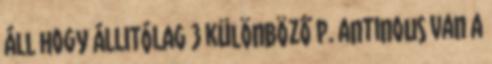
áll hogy ÁLLITÓLAG 3 különböző P. antinous van a